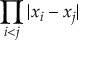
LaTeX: \displaystyle { \prod _ { i < j } | x _ { i } - x _ { j } | }